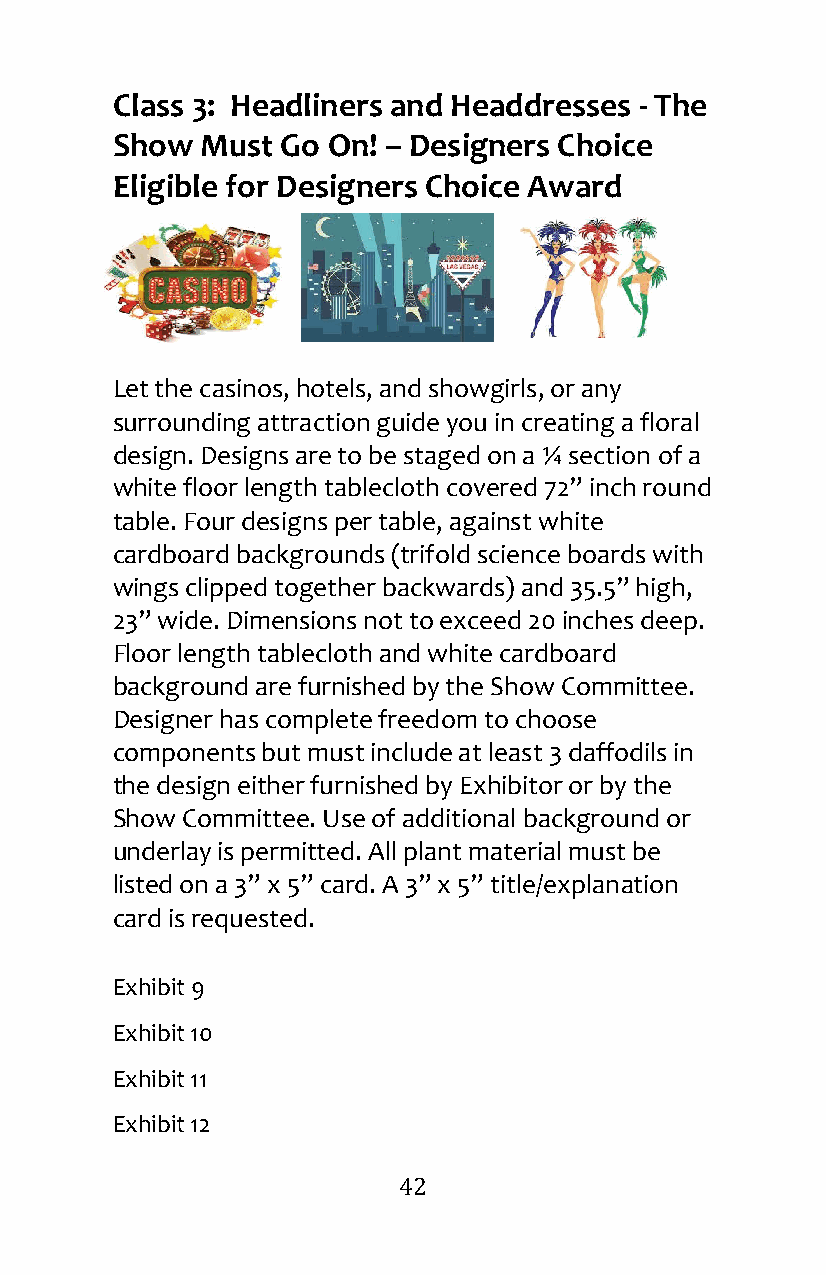
Class 3: Headliners and Headdresses - The
 Show  Must  Go On! – Designers Choice
 Eligible for Designers Choice Award
 Let the casinos, hotels, and showgirls, or any
 surrounding attraction guide you in creating a floral
 design. Designs are to be staged on a ¼ section of a
 white floor length tablecloth covered 72” inch round
 table. Four designs per table, against white
 cardboard backgrounds (trifold science boards with
 wings clipped together backwards) and 35.5” high,
 23” wide. Dimensions not to exceed 20 inches deep.
 Floor length tablecloth and white cardboard
 background are furnished by the Show Committee.
 Designer has complete freedom to choose
 components but must include at least 3 daffodils in
 the design either furnished by Exhibitor or by the
 Show Committee. Use of additional background or
 underlay is permitted. All plant material must be
 listed on a 3” x 5” card. A 3” x 5” title/explanation
 card is requested.
 Exhibit 9
 Exhibit 10
 Exhibit 11
 Exhibit 12
 42